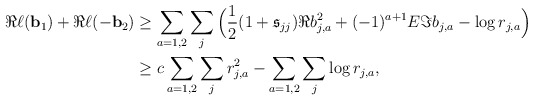
\begin{align*}\Re \ell(\mathbf{b}_1)+\Re \ell(-\mathbf{b}_2)&\geq \sum_{a=1,2}\sum_{j}\Big(\frac12(1+\mathfrak{s}_{jj}) \Re b_{j,a}^2+(-1)^{a+1}E\Im b_{j,a}- \log r_{j,a}\Big)\\&\geq c\sum_{a=1,2}\sum_{j} r_{j,a}^2-\sum_{a=1,2}\sum_{j} \log r_{j,a},\end{align*}